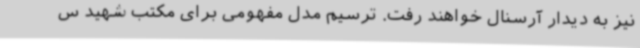
نیز به دیدار آرسنال خواهند رفت. ترسیم مدل مفهومی برای مکتب شهید س